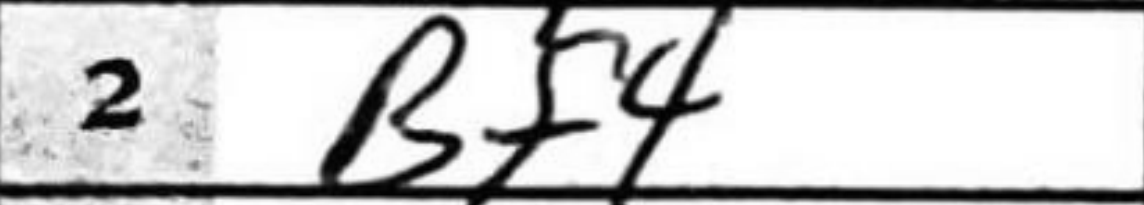
Transcription: Bf4